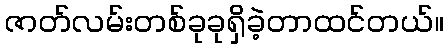
ဇာတ်လမ်းတစ်ခုခုရှိခဲ့တာထင်တယ်။